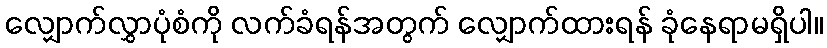
လျှောက်လွှာပုံစံကို လက်ခံရန်အတွက် လျှောက်ထားရန် ခုံနေရာမရှိပါ။